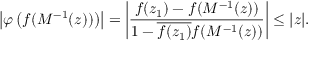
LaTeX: \left| \varphi \left( f ( M ^ { - 1 } ( z ) ) \right) \right| = \left| { \frac { f ( z _ { 1 } ) - f ( M ^ { - 1 } ( z ) ) } { 1 - { \overline { { f ( z _ { 1 } ) } } } f ( M ^ { - 1 } ( z ) ) } } \right| \leq | z | .